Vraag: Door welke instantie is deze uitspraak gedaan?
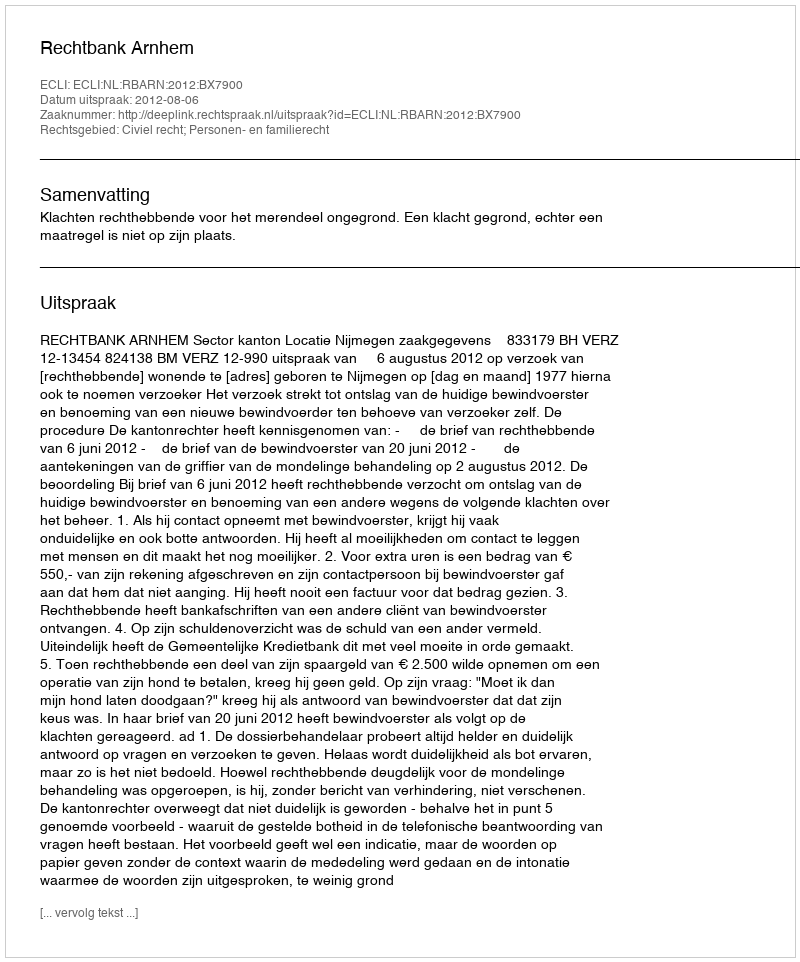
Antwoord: Rechtbank Arnhem